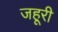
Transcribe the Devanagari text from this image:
जहूरी